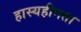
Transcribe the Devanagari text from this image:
हास्यहीनता